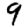
Digit: 9